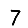
Digit: 7